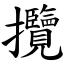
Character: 攬